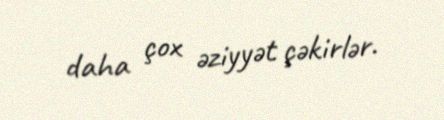
daha çox əziyyət çəkirlər.